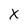
Character: X